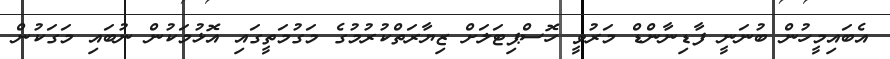
އެބައިމީހުން ބުނަނީ ފާޑިނާންޑް މަރުވީ ހޮސްޕިޓަލަށް ޒިޔާރަތްކުރުމުގެ މަގުމަތީގައި އޮޅުމަކުން ނުބައި މަގަކުން